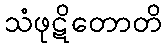
သံဖုဋိတောတိ